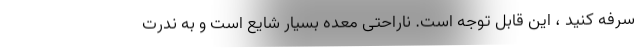
سرفه کنید ، این قابل توجه است. ناراحتی معده بسیار شایع است و به ندرت